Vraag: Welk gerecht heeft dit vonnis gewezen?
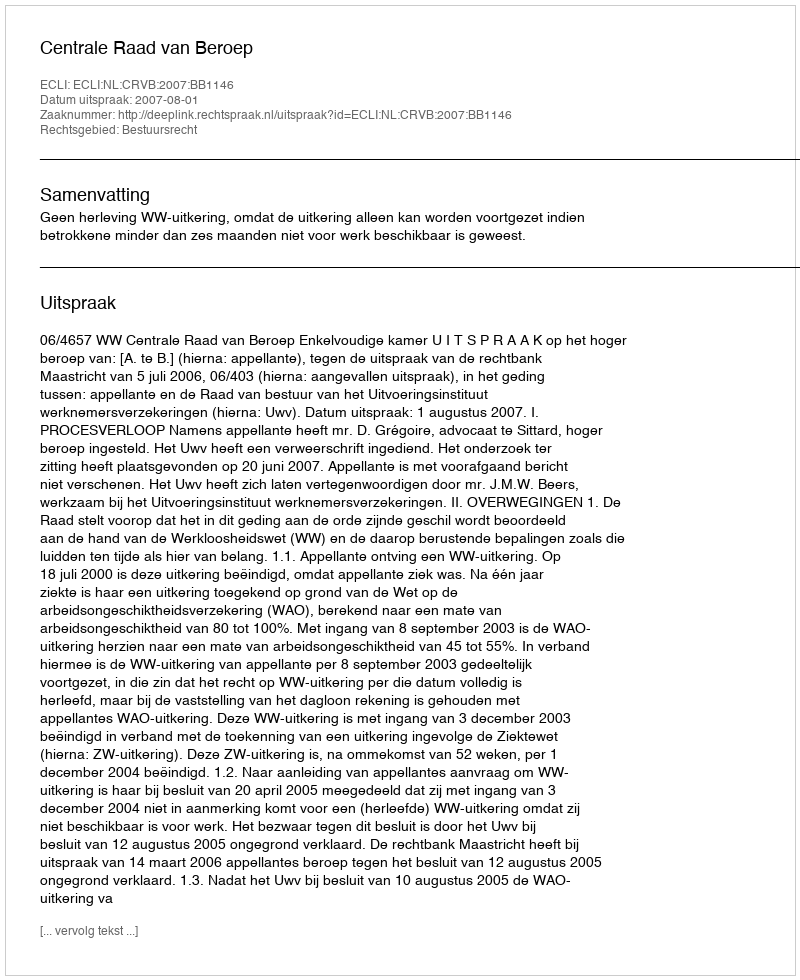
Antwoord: Centrale Raad van Beroep